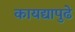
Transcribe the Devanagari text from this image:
कायद्यापुढे